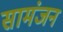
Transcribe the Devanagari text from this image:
सामंजन